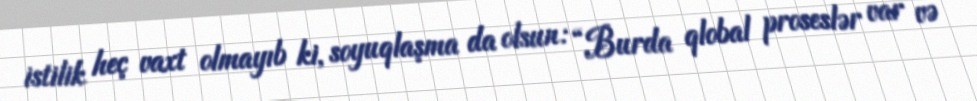
istilik heç vaxt olmayıb ki, soyuqlaşma da olsun: “Burda qlobal proseslər var və